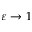
\varepsilon \to 1